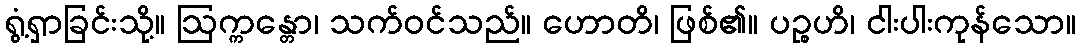
ရွံ့ရှာခြင်းသို့။ ဩက္ကန္တော၊ သက်ဝင်သည်။ ဟောတိ၊ ဖြစ်၏။ ပဉ္စဟိ၊ ငါးပါးကုန်သော။